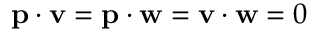
\mathbf { p } \cdot \mathbf { v } = \mathbf { p } \cdot \mathbf { w } = \mathbf { v } \cdot \mathbf { w } = 0